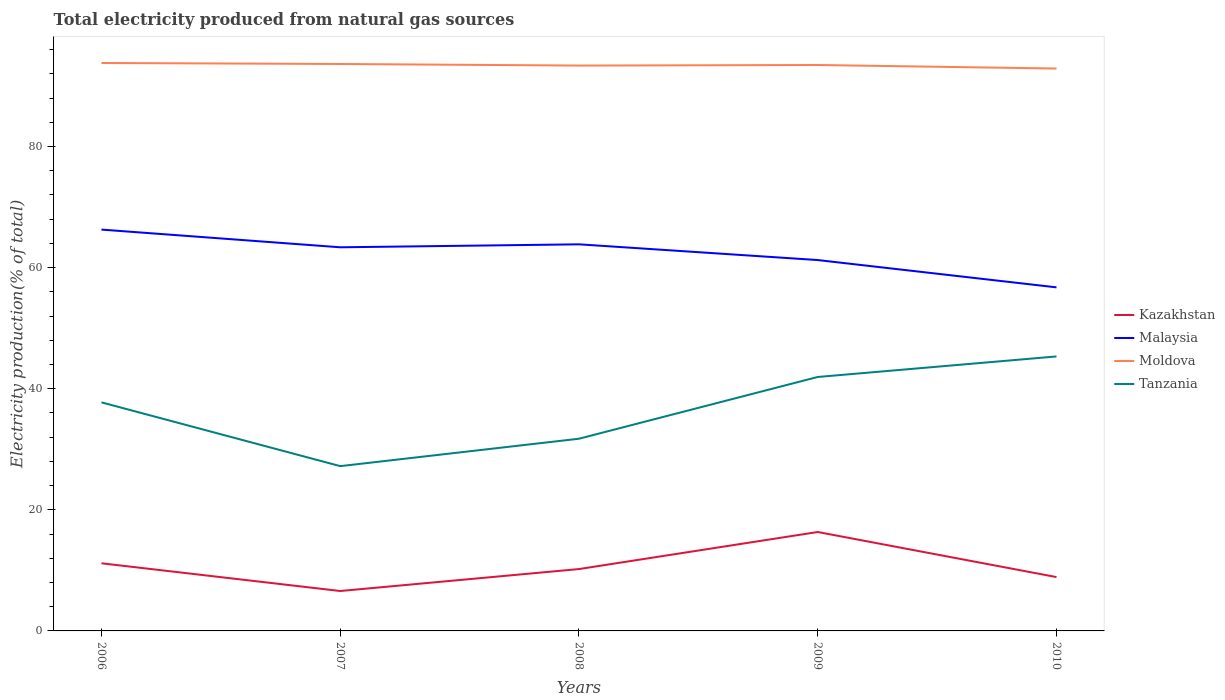
| Years | Kazakhstan | Malaysia | Moldova | Tanzania |
 | --- | --- | --- | --- | --- |
 | 2006 | 11.2 | 66.3 | 93.8 | 37.7 |
 | 2007 | 6.59 | 63.3 | 93.6 | 27.2 |
 | 2008 | 10.2 | 63.8 | 93.4 | 31.7 |
 | 2009 | 16.3 | 61.2 | 93.4 | 41.9 |
 | 2010 | 8.89 | 56.7 | 92.9 | 45.3 |